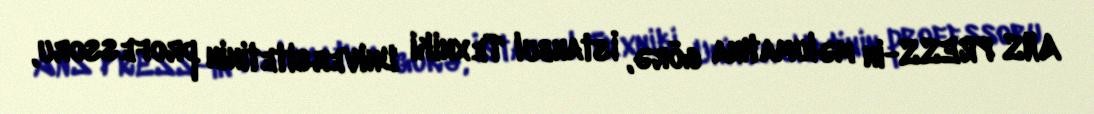
ANS PRESS-in məlumatına görə, İstanbul Texniki Universitetinin professoru,